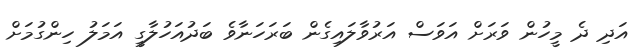
އަދި ދެ މީހުން ވަރަށް އަވަސް އަރުވާލައިގެން ބަރަހަނާވެ ބަދުއަހުލާގީ އަމަލު ހިންގުމަށް